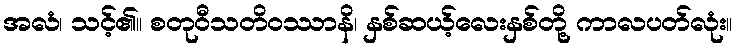
အလံ၊ သင့်၏။ စတုဝီသတိဝဿာနိ၊ နှစ်ဆယ့်လေးနှစ်တို့ ကာလပတ်လုံး။